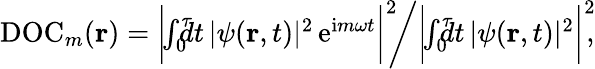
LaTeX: \begin{array}{r}{\mathrm{DOC}_{m}({\mathbf r})=\bigg|\! \! \int_{0}^{\tau}\! \! \! \! dt\, |\psi({\mathbf r},t)|^{2}\, \mathrm{e}^{\mathrm{i}m\omega t}\bigg|^{2}\! \! \bigg/\bigg|\! \! \int_{0}^{\tau}\! \! \! \! dt\, |\psi({\mathbf r},t)|^{2}\bigg|^{2}\! \! ,}\end{array}